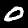
Label: 0